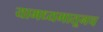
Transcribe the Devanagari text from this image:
यामध्यमातूनच